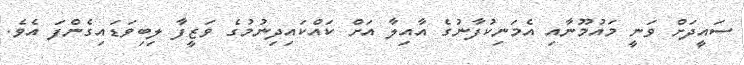
ސައީދަށް ވަނީ މައުމޫނާއި އެމަނިކުފާނުގެ އާއިލާ އަށް ކައްކައިދިނުމުގެ ވަޒީފާ ލިބިވަޑައިގެންފަ އެވެ.